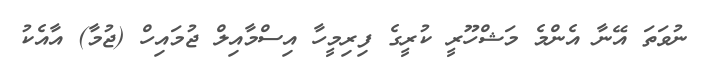
ނުވަތަ އޭނާ އެންމެ މަޝްހޫރީ ކުރީގެ ފިރިމީހާ އިސްމާއިލް ޖުމައިހް (ޖުމާ) އާއެކު